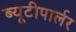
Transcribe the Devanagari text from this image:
ब्यूटीपार्लर